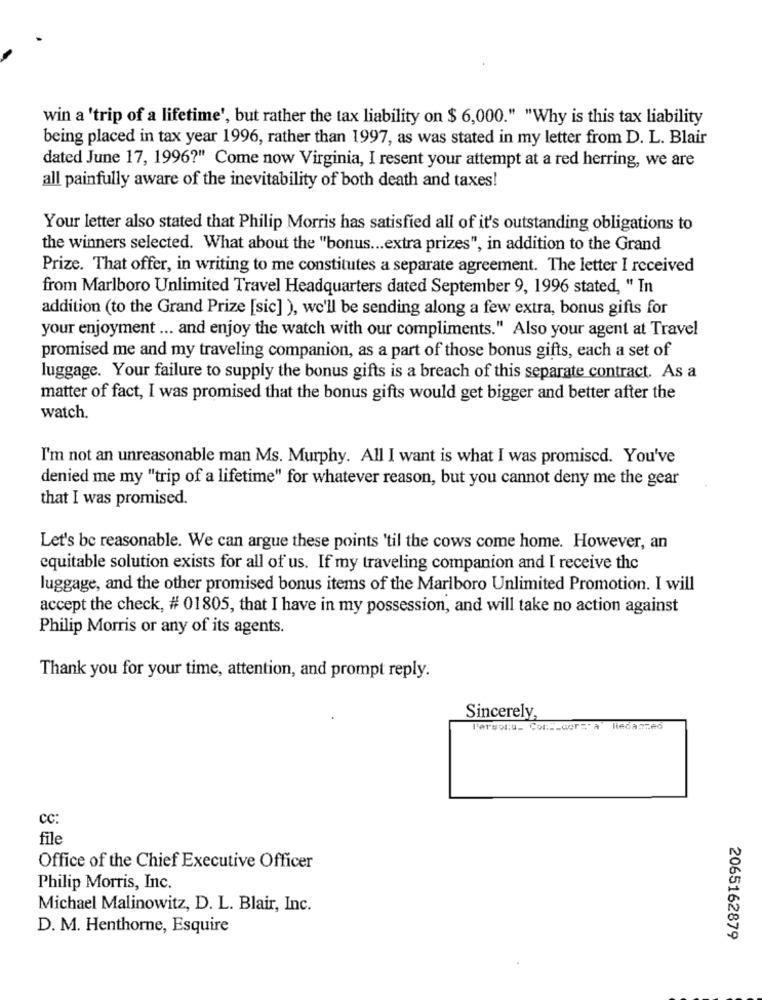
win a 'trip of a lifetime', but rather the tax liability on $ 6,000." "Why is this tax liability
being placed in tax year 1996, rather than 1997, as was stated in my letter from D. L. Blair
dated June 17, 1996?" Come now Virginia, I resent your attempt at a red herring, we are
all painfully aware of the inevitability of both death and taxes!
Your letter also stated that Philip Morris has satisfied all of it's outstanding obligations to
the winners selected. What about the "bonus ... extra prizes", in addition to the Grand
Prize. That offer, in writing to me constitutes a separate agreement. The letter I received
from Marlboro Unlimited Travel Headquarters dated September 9, 1996 stated, " In
addition (to the Grand Prize [sic] ), we'll be sending along a few extra, bonus gifts for
your enjoyment ... and enjoy the watch with our compliments." Also your agent at Travel
promised me and my traveling companion, as a part of those bonus gifts, each a set of
luggage. Your failure to supply the bonus gifts is a breach of this separate contract. As a
matter of fact, I was promised that the bonus gifts would get bigger and better after the
watch.
I'm not an unreasonable man Ms. Murphy. All I want is what I was promised. You've
denied me my "trip of a lifetime" for whatever reason, but you cannot deny me the gear
that I was promised.
Let's be reasonable. We can argue these points 'til the cows come home. However, an
equitable solution exists for all of us. If my traveling companion and I receive the
luggage, and the other promised bonus items of the Marlboro Unlimited Promotion. I will
accept the check, # 01805, that I have in my possession, and will take no action against
Philip Morris or any of its agents.
Thank you for your time, attention, and prompt reply.
Sincerely
Persona_ ConELcorsa Redanzed
cc:
file
Office of the Chief Executive Officer
Philip Morris, Inc.
Michael Malinowitz, D. L. Blair, Inc.
D. M. Henthorne, Esquire
2065162879